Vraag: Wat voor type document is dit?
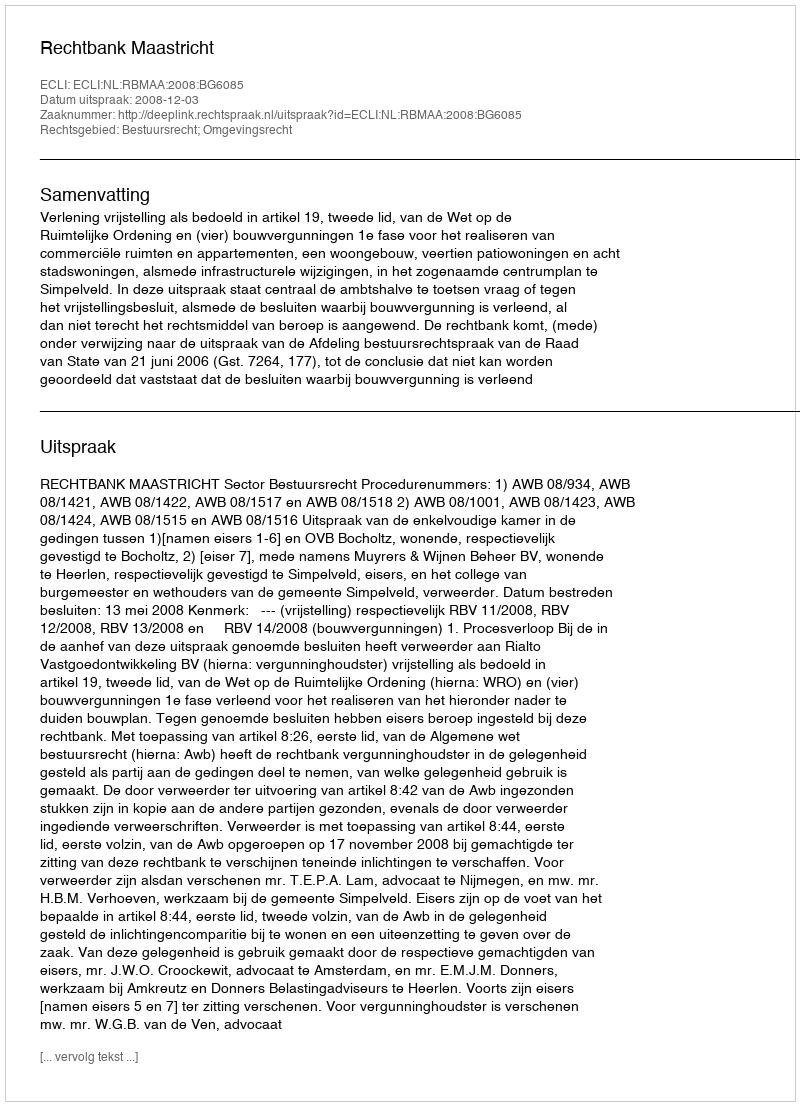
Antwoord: Uitspraak